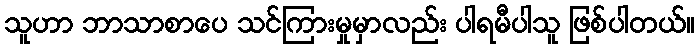
သူဟာ ဘာသာစာပေ သင်ကြားမှုမှာလည်း ပါရမီပါသူ ဖြစ်ပါတယ်။